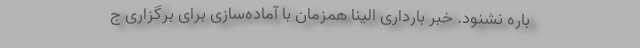
باره نشنود. خبر بارداری الینا همزمان با آماده‌سازی برای برگزاری ج